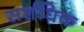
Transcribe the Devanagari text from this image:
सर्शधिक